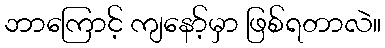
ဘာကြောင့် ကျနော့်မှာ ဖြစ်ရတာလဲ။